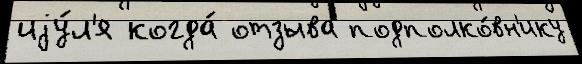
иjу́л'я когда́ отзыва подполко́вн'ику